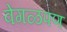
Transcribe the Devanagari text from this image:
वेगळपण